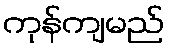
ကုန်ကျမည်